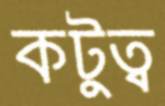
কটুত্ব